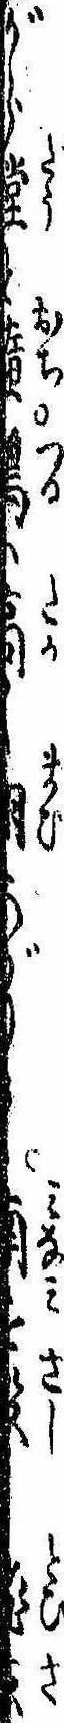
がらと堕鶴は高く翔あがりて南を投飛去